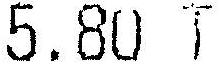
5.80 T